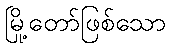
မြို့တော်ဖြစ်သော